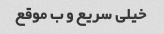
خیلی سریع و ب موقع